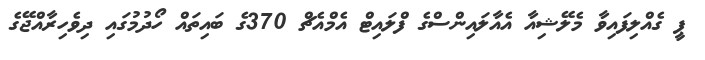
ޕީ ގެއްލިފައިވާ މެލޭޝިއާ އެއާލައިންސްގެ ފްލައިޓް އެމްއެޗް 370ގެ ބައިތައް ހޯދުމުގައި ދިވެހިރާއްޖޭގެ